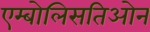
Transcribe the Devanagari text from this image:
एम्बोलिसतिओन